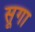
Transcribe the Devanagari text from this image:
सूगा